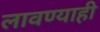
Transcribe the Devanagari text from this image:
लावण्याही